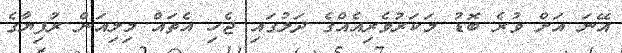
އޭނަ އަށް ވުރެ ބޮޑު މަކަރުވެރިއެއްގެ ދަލުގައި ޖެހި އެތައް މިލިއަން ރުފިޔާގެ